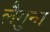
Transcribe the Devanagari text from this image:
लैगुना